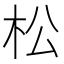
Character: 松